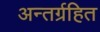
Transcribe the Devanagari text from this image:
अन्तर्ग्रहित